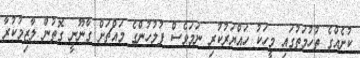
ކުށެއްގެ ތުހުމަތުގައި މީހަކު ހައްޔަރުކުރި ނަމަވެސް ފުލުހުންގެ މައްޗަށް ގާނޫނީ ގޮތުން ލާޒިމުކުރާ